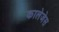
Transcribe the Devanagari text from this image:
कालेजेस